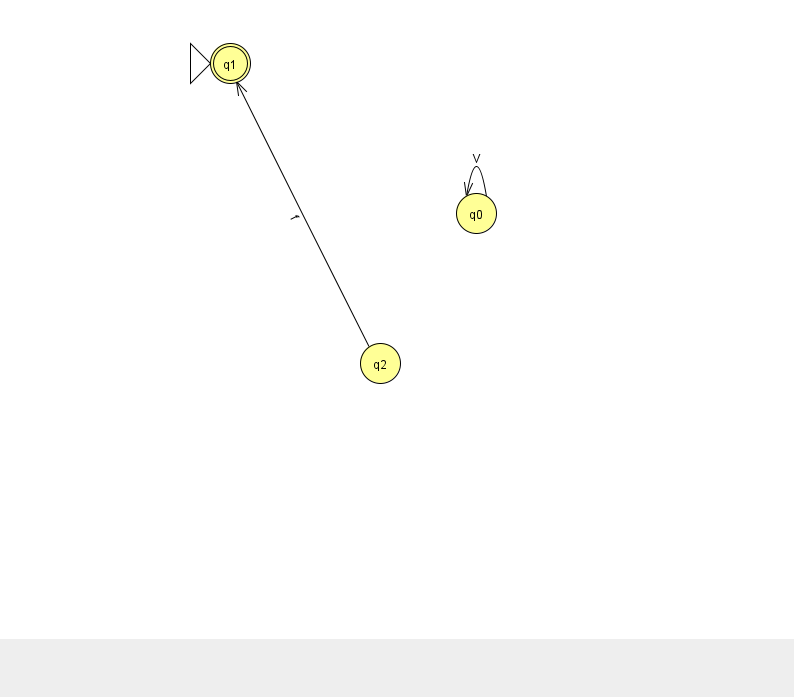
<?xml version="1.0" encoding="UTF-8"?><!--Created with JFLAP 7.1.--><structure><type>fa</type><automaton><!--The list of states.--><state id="0" name="q0"><x>476.0</x><y>200.0</y></state><state id="1" name="q1"><x>230.0</x><y>50.0</y><initial/><final/></state><state id="2" name="q2"><x>380.0</x><y>350.0</y></state><!--The list of transitions.--><transition><from>2</from><to>1</to><read>f</read></transition><transition><from>0</from><to>0</to><read>V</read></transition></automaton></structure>